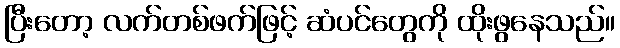
ပြီးတော့ လက်တစ်ဖက်ဖြင့် ဆံပင်တွေကို ထိုးဖွနေသည်။